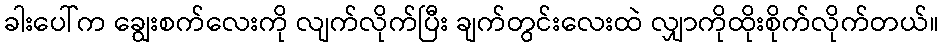
ခါးပေါ်က ချွေးစက်လေးကို လျက်လိုက်ပြီး ချက်တွင်းလေးထဲ လျှာကိုထိုးစိုက်လိုက်တယ်။